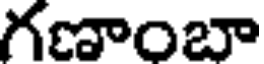
గణాంబా